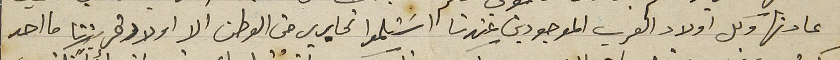
عادتها وكل اولاد العرب الموجودين عندنا اسَتلموا تحارير من الوطن الا اولاد قريتنا ما احد